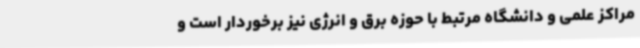
مراکز علمی و دانشگاه مرتبط با حوزه برق و انرژی نیز برخوردار است و